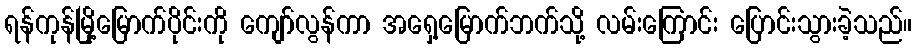
ရန်ကုန်မြို့မြောက်ပိုင်းကို ကျော်လွန်ကာ အရှေ့မြောက်ဘက်သို့ လမ်းကြောင်း ပြောင်းသွားခဲ့သည်။